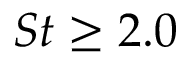
S t \geq 2 . 0